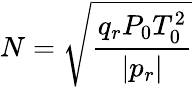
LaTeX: N=\sqrt{\frac{q_{r}P_{0}T_{0}^{2}}{|p_{r}|}}